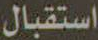
استقبال